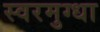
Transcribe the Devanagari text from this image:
स्वरमुग्धा